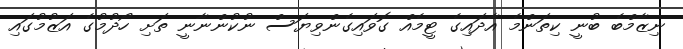
ނިޒާމްބެ ބުނީ ކިތަންމެ އާދައިގެ ޓީމެއް ގޮވައިގެންވިޔަސް ނުކުންނާނީ ތަށި ހޯދުމުގެ އަޒުމުގައި